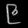
Digit: ၉